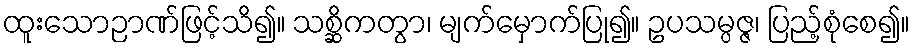
ထူးသောဉာဏ်ဖြင့်သိ၍။ သစ္ဆိကတွာ၊ မျက်မှောက်ပြု၍။ ဥပသမ္ပဇ္ဇ၊ ပြည့်စုံစေ၍။